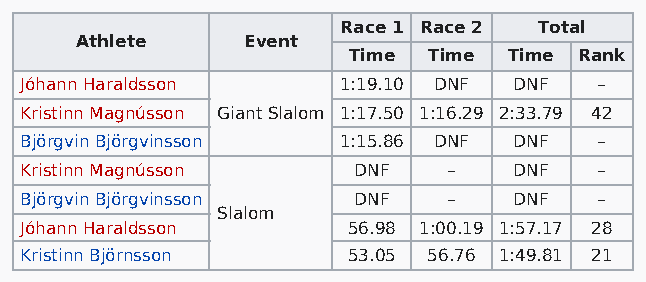
Race 1 Race 2 Total
 Athlete    Event
 Time Time  Time Rank
 Jóhann Haraldsson    1:19.10 DNF DNF   –
 Kristinn Magnússon Giant Slalom 1:17.50 1:16.29 2:33.79 42
 Björgvin Björgvinsson 1:15.86 DNF DNF  –
 Kristinn Magnússon    DNF    –   DNF   –
 Björgvin Björgvinsson DNF    –   DNF   –
 Slalom
 Jóhann Haraldsson     56.98 1:00.19 1:57.17 28
 Kristinn Björnsson    53.05 56.76 1:49.81 21